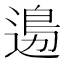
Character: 𨕙